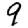
Digit: 9